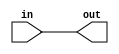
module mod(
	input in,
	output out
);

assign out = in;

endmodule


module module_chain_inst(
	input  in,
	output out
);
	
	wire middle;

	mod mod_1(
		.in(in),
		.out(middle)
	);

	mod mod_2(
		.in(middle),
		.out(out)
	);

endmodule